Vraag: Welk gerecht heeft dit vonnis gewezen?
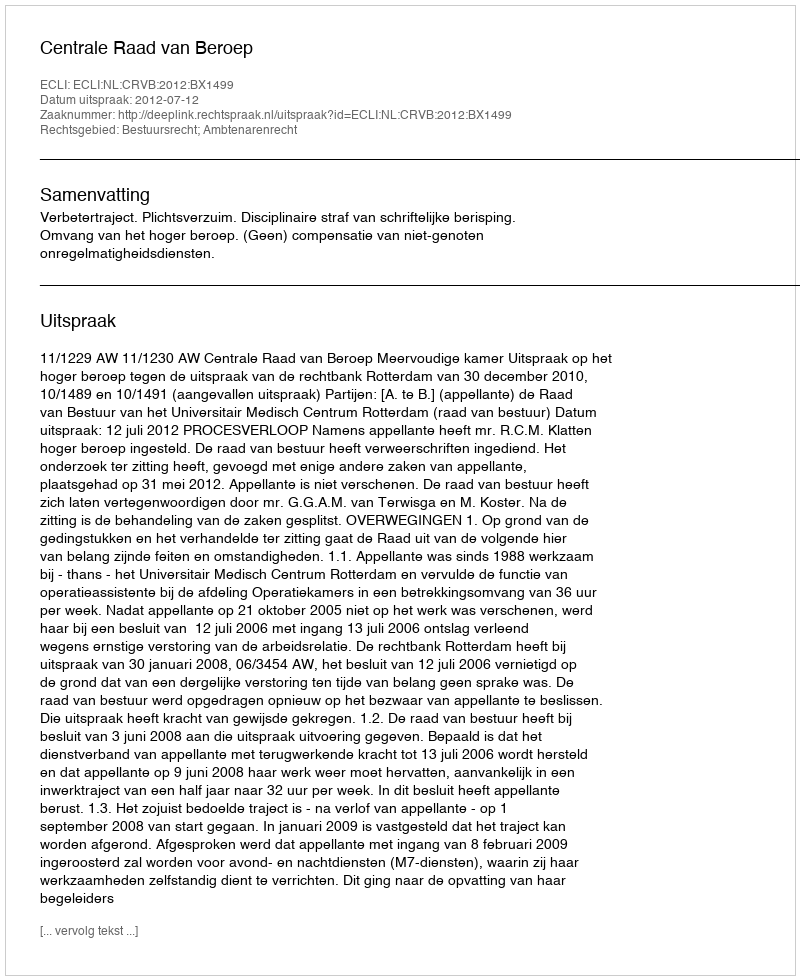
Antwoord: Centrale Raad van Beroep